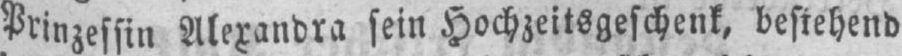
Prinzessin Alexandra sein Hochzeitsgeschenk, bestehend